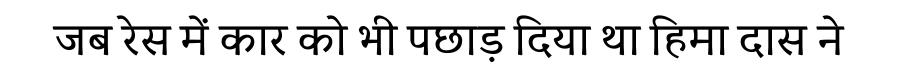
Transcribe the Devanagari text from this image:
जब रेस में कार को भी पछाड़ दिया था हिमा दास ने